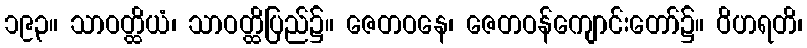
၁၉၃။ သာဝတ္ထိယံ၊ သာဝတ္ထိပြည်၌။ ဇေတဝနေ၊ ဇေတဝန်ကျောင်းတော်၌။ ဝိဟရတိ၊